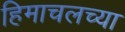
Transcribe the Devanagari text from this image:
हिमाचलच्या